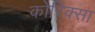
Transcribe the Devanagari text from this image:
कोरिक्सा